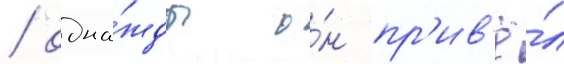
/ одна́жды о́н пр'ив'ё́л